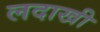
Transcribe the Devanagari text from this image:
लदाखी